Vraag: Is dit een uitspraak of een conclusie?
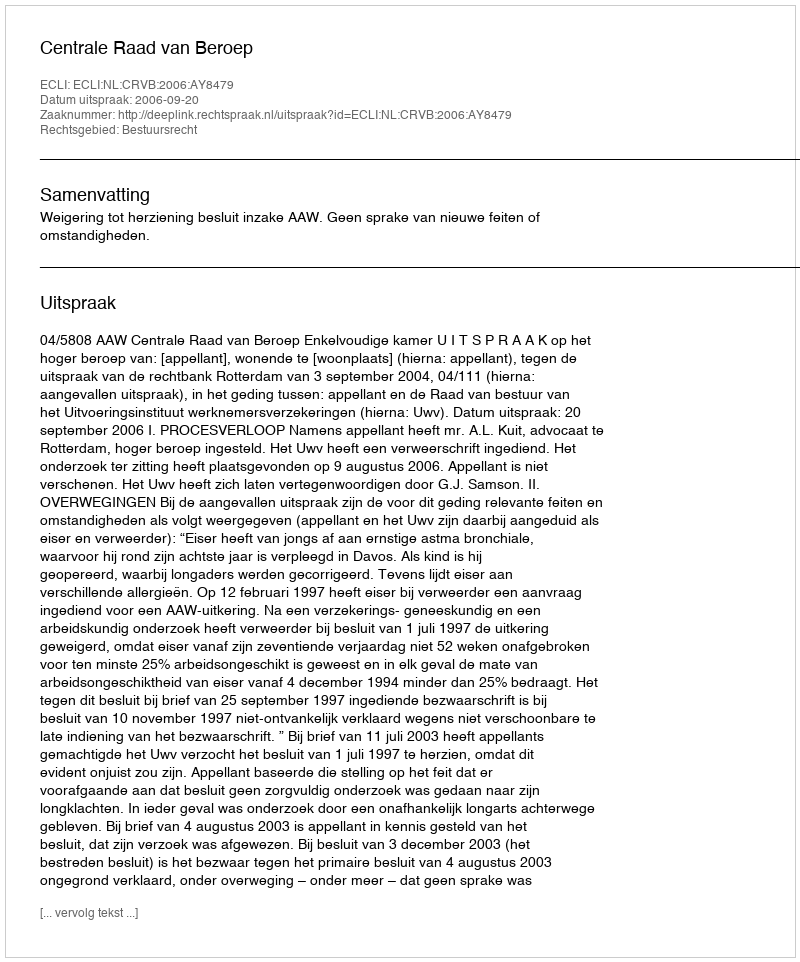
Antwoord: Uitspraak